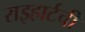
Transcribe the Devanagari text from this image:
राइहार्टची